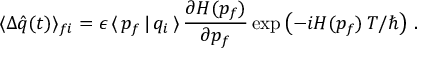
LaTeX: \langle \Delta \hat { q } ( t ) \rangle _ { f i } = \epsilon \, \langle \, p _ { f } \, | \, q _ { i } \, \rangle \, \frac { \partial H ( p _ { f } ) } { \partial p _ { f } } \exp \left( - i H ( p _ { f } ) \, T / \hbar \right) \, .